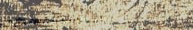
بيع وتوزيع منتجات الألبان